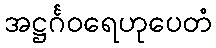
အဋ္ဌင်္ဂဝရေဟုပေတံ